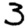
Digit: 3